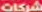
شركات